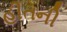
હીતની